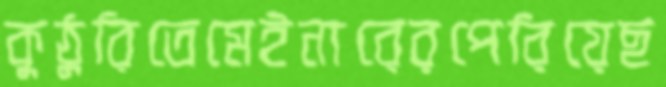
কুঠুরিতেমেইনারেরপেরিয়েছ